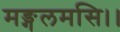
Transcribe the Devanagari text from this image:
मङ्गलमसि।।